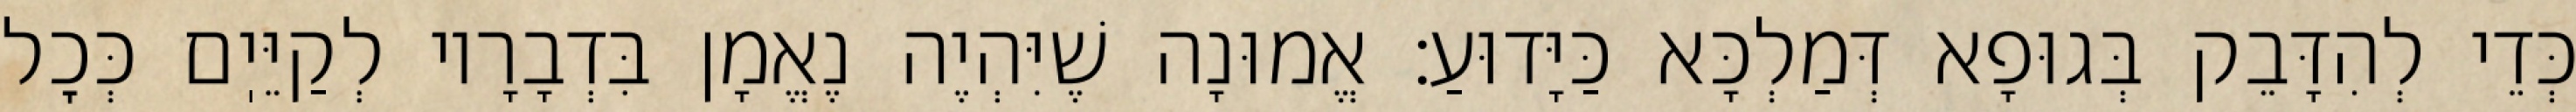
כְּדֵי לְהִדָּבֵק בְּגוּפָא דְּמַלְכָּא כַּיָּדוּעַ: אֱמוּנָה שֶׁיִּהְיֶה נֶאֱמָן בִּדְבָרָיו לְקַיֵּיֽם כְּכׇל